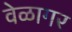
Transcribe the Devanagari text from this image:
वेळागर